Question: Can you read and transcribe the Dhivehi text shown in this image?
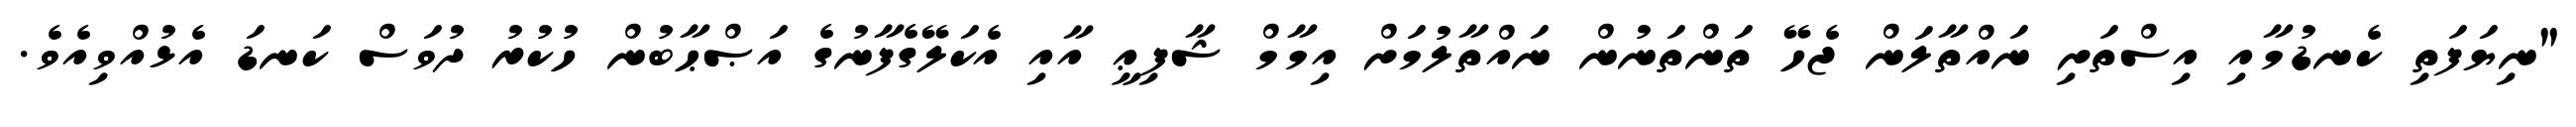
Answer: "ނިޔަފަތި ކެނޑުމާއި އިސްތަށި ނައްތާލަން ޖެހޭ ތަންތަނުން ނައްތާލުމަށް އިމާމް ޝާފިޢީ އާއި އެކަލޭގެފާނުގެ އަޞްޙާބުން ހުކުރު ދުވަސް ކަނޑަ އެޅުއްވިއެވެ.